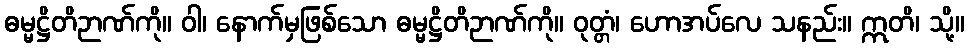
ဓမ္မဋ္ဌိတိဉာဏ်ကို။ ဝါ၊ နောက်မှဖြစ်သော ဓမ္မဋ္ဌိတိဉာဏ်ကို။ ဝုတ္တံ၊ ဟောအပ်လေ သနည်း။ ဣတိ၊ သို့။